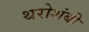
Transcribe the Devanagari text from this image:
थरोशंबी